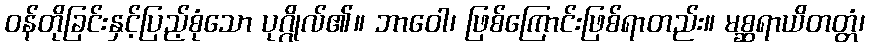
ဝန်တိုခြင်းနှင့်ပြည့်စုံသော ပုဂ္ဂိုလ်၏။ ဘာဝေါ၊ ဖြစ်ကြောင်းဖြစ်ရာတည်း။ မစ္ဆရာယိတတ္တံ၊